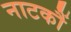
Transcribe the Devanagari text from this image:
नाटकौं